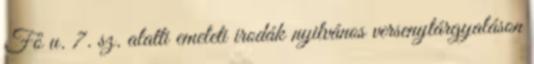
Fő u. 7. sz. alatti emeleti irodák nyilvános versenytárgyaláson